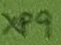
Text: XP9